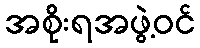
အစိုးရအဖွဲ့ဝင်